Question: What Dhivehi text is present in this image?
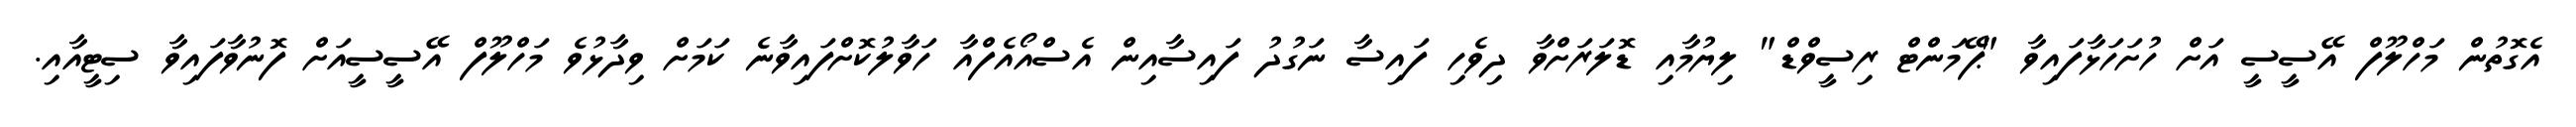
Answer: އެގޮތުން މަހްލޫފް އޭސީސީ އަށް ހުށަހަޅާފައިވާ "ޕޭމަންޓް ރިސީވްޑް" ލިޔުމާއި ޑޮލަރަށްވާ ދިވެހި ފައިސާ ނަގުދު ފައިސާއިން އެސްއޯއެފްއާ ހަވާލުކޮށްފައިވާނެ ކަމަށް ވިދާޅުވެ މަހްލޫފް އޭސީސީއަށް ފޮނުވާފައިވާ ސިޓީއާއި.